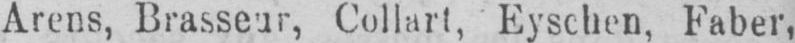
Arens, Brasseur, Collart, Eyschen, Faber,